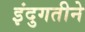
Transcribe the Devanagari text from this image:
इंदुगतीने